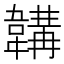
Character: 韝